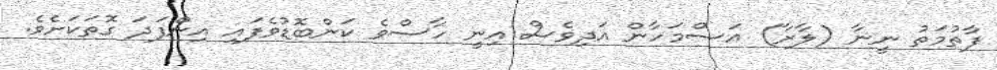
ފާތުމަތު ނީނާ (ލާރާ) އަސްމަހާން އަދިވެސް އިނީ ހާސްވެ ކަންބޮޑުވެފައި އިންފަދަ ގޮތަކަށެވެ.